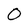
Character: O